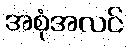
အစုံအလင်